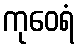
ကုဝေရံ